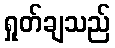
ရှုတ်ချသည်